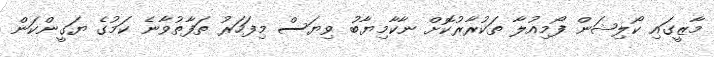
މާޒީގައި ކޯލިޝަން ފޯމިއުލާ ތަކުރާރުކޮށް ނާކާމިޔާބު ވިޔަސް މިފަހަރު ތަފާތުވާނެ ކަމުގެ ޔަގީންކަން